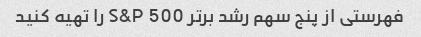
فهرستی از پنج سهم رشد برتر S&P 500 را تهیه کنید